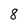
Character: 8